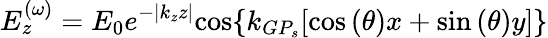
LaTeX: E_{z}^{(\omega)}=E_{0}e^{-{\left|{k_{z}z}\right|}}{\cos\{ k_{GP_{s}}[\cos{(\theta)x}+\sin{(\theta)}y]\} }